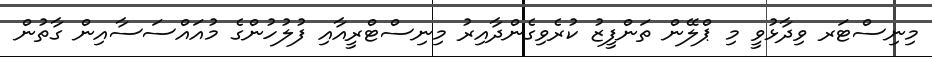
މިނިސްޓަރ ވިދާޅުވީ މި ޕްލޭން ތަންފީޒު ކުރެވިގެންދާއިރު މިނިސްޓްރީއާއި ފުލުހުންގެ މުއައްސަސާއިން ގާތުން